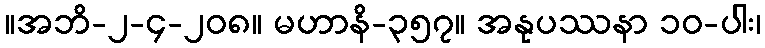
။အဘိ-၂-၄-၂၀၈။ မဟာနိ-၃၅၇။ အနုပဿနာ ၁၀-ပါး၊